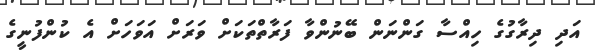
އަދި ދިރާގުގެ ހިއްސާ ގަންނަން ބޭނުންވާ ފަރާތްތަކަށް ވަރަށް އަވަހަށް އެ ކުންފުނީގެ